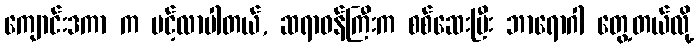
ကျောင်းဒကာ က ပင့်လာပါတယ်, ဆရာဝန်ကြီးက စစ်ဆေးပြီး ဘာရောဂါ တွေ့တယ်လို့